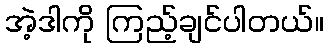
အဲ့ဒါကို ကြည့်ချင်ပါတယ်။